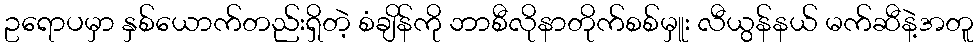
ဥရောပမှာ နှစ်ယောက်တည်းရှိတဲ့ စံချိန်ကို ဘာစီလိုနာတိုက်စစ်မှူး လီယွန်နယ် မက်ဆီနဲ့အတူ